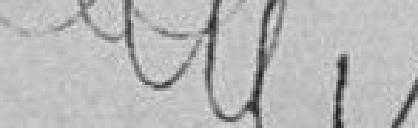
????????????